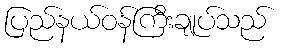
ပြည်နယ်ဝန်ကြီးချုပ်သည်